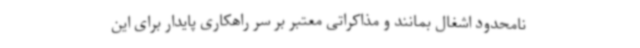
نامحدود اشغال بمانند و مذاکراتی معتبر بر سر راهکاری پایدار برای این